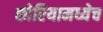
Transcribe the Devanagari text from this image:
कोरियामध्येच